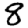
Digit: 8